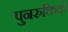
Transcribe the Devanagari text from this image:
पुनरुक्तियों